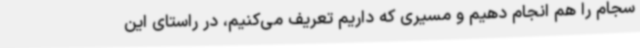
سجام را هم انجام دهیم و مسیری که داریم تعریف می‌کنیم، در راستای این